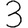
Digit: 3